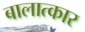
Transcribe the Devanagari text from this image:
बालात्कार